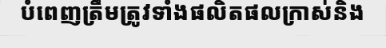
បំពេញត្រឹមត្រូវទាំងផលិតផលក្រាស់និង